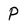
Character: P